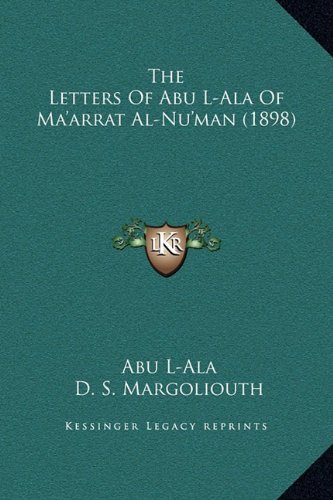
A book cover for The Letters Of Abu L-Ala Of Ma'arrat Al-Nu'man (1898); Abu L-Ala; Literature & Fiction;